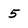
Character: 5